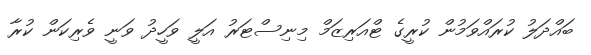
ބައްދަލު ކުރައްވަމުން ކުރީގެ ޓްއަރިޒަމް މިނިސްޓަރު އަލީ ވަހީދު ވަނީ ވެރިކަން ކުރާ